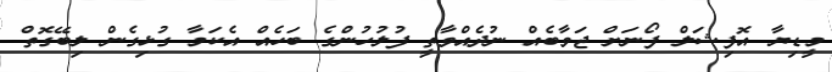
މީޑިޔާ އޮފިޝަލް ފޯނަށް ޖަވާބެއް ނުދެއްވާތީ ފުލުހުންގެ ބަހެއް އެކަމާ ގުޅިގެން ލިބޭގޮތް